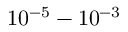
1 0 ^ { - 5 } - 1 0 ^ { - 3 }